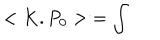
< K . P _ { 0 } > : = \int